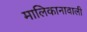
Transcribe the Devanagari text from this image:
मालिकानावाली